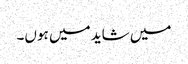
میں شاید میں ہوں۔